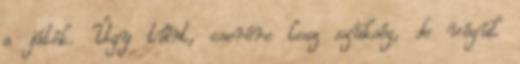
a játék. Úgy tűnt, cserére lesz szükség, de végül